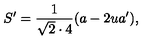
S ^ { \prime } = { \frac { 1 } { \sqrt 2 \cdot 4 } } ( a - 2 u a ^ { \prime } ) ,